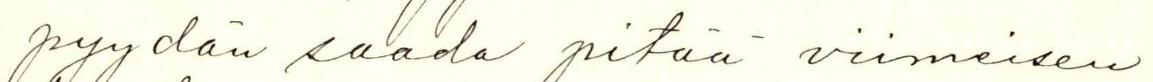
pyydän saada pitää viimeisen